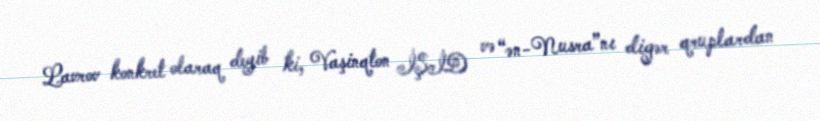
Lavrov konkret olaraq deyib ki, Vaşinqton İŞİD və “ən-Nusra”nı digər qruplardan